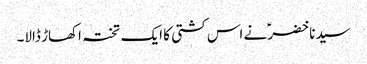
سیدنا خضرؑ نے اس کشتی کا ایک تختہ اکھاڑ ڈالا۔